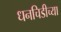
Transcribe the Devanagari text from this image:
धनचिडीच्या